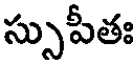
స్సుపీతః